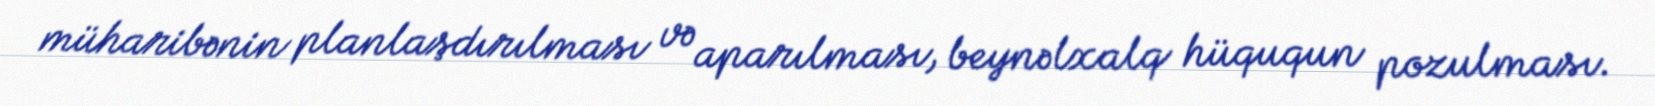
müharibənin planlaşdırılması və aparılması, beynəlxalq hüququn pozulması.